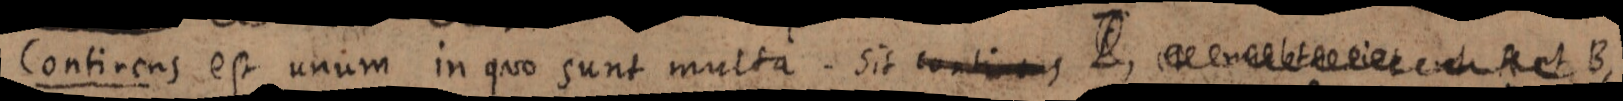
Continens est unum in quo sunt multa. sit continens _